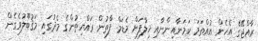
ރާއްޖޭގެ އެހެން އުއްތަމަ ކަމަނާއިންނާއި ޚިލާފަށް މެޑަމް ފާތުން ރައްޔިތުންގެ މެދުގައި މަޤުބޫލުވެގެން